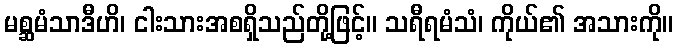
မစ္ဆမံသာဒီဟိ၊ ငါးသားအစရှိသည်တို့ဖြင့်။ သရီရမံသံ၊ ကိုယ်၏ အသားကို။